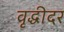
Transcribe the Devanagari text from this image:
वृद्धीदर